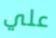
علي